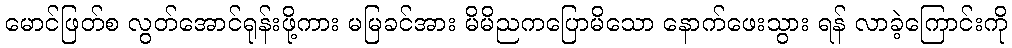
မောင်ဖြတ်စ လွတ်အောင်ရုန်းဖို့ကား မမြခင်အား မိမိညကပြောမိသော နောက်ဖေးသွား ရန် လာခဲ့ကြောင်းကို